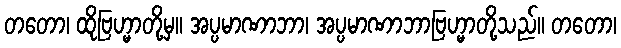
တတော၊ ထိုဗြဟ္မာတို့မှ။ အပ္ပမာဏာဘာ၊ အပ္ပမာဏာဘာဗြဟ္မာတို့သည်။ တတော၊